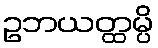
ဥဘယတ္ထမ္ပိ